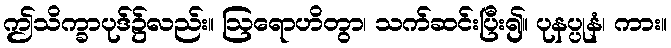
ဤသိက္ခာပုဒ်၌လည်း။ ဩရောဟိတွာ၊ သက်ဆင်းပြီး၍။ ပုနပ္ပုနံ၊ ကား။